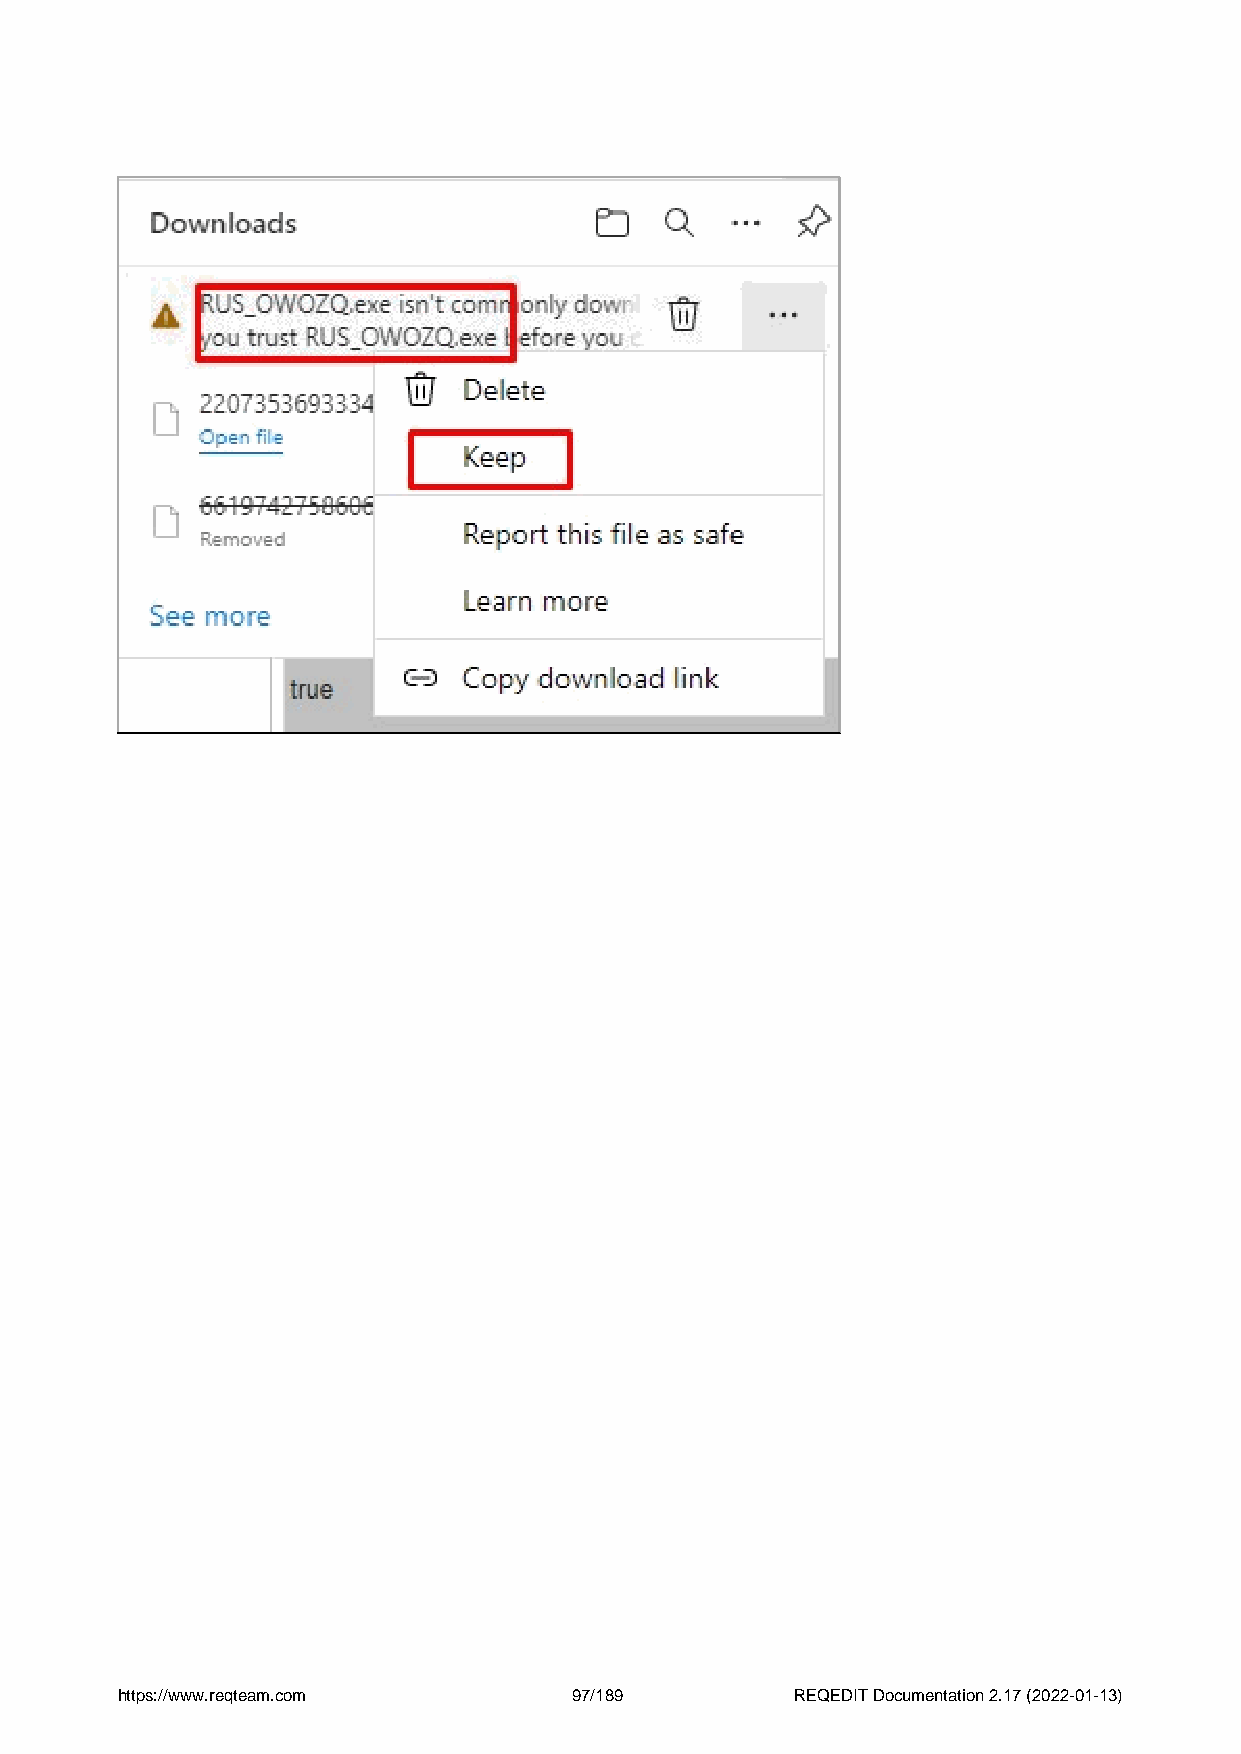
https://www.reqteam.com       97/189         REQEDIT Documentation 2.17 (2022-01-13)